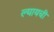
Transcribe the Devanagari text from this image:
ल्यायची